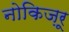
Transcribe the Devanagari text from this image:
नोकिज़रू